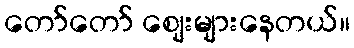
တော်တော် ဈေးများနေတယ်။